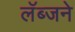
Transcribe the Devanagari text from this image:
लॅब्जने